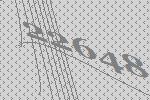
22648